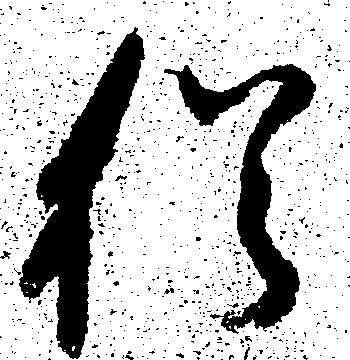
猶